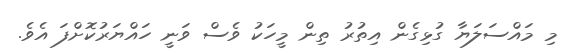
މި މައްސަލަޔާ ގުޅިގެން އިތުރު ތިން މީހަކު ވެސް ވަނީ ހައްޔަރުކޮށްފަ އެވެ.